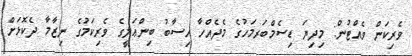
ވެރިކަން ވެއްޓުން: މިދިޔަ ޑިސެމްބަރމަހުގެ މެދެއްހާ ހިސާބު ބިންޢަލީގެ ވެރިކަމުގެ ނިޒާމާ ދެކޮޅަށް